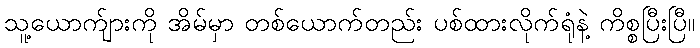
သူ့ယောက်ျားကို အိမ်မှာ တစ်ယောက်တည်း ပစ်ထားလိုက်ရုံနဲ့ ကိစ္စပြီးပြီ။